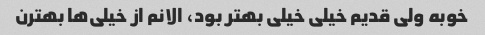
خوبه ولی قدیم خیلی خیلی بهتر بود، الانم از خیلی‌ها بهترن